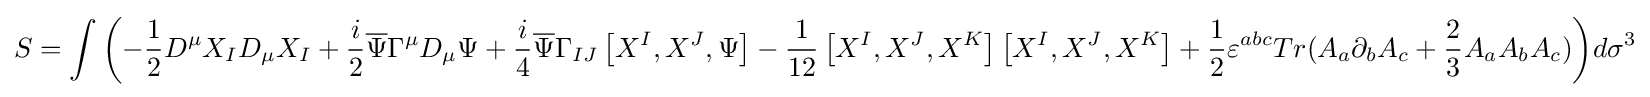
S=\int {\left(-{\frac {1}{2}}D^{\mu }X_{I}D_{\mu }X_{I}+{\frac {i}{2}}{\overline {\Psi }}\Gamma ^{\mu }D_{\mu }\Psi +{\frac {i}{4}}{\overline {\Psi }}\Gamma _{IJ}\left[X^{I},X^{J},\Psi \right]-{\frac {1}{12}}\left[X^{I},X^{J},X^{K}\right]\left[X^{I},X^{J},X^{K}\right]+{\frac {1}{2}}\varepsilon ^{abc}Tr(A_{a}\partial _{b}A_{c}+{\frac {2}{3}}A_{a}A_{b}A_{c})\right)}d\sigma ^{3}